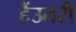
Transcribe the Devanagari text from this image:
हैंउतरी